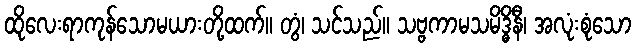
ထိုလေးရာကုန်သောမယားတို့ထက်။ တွံ၊ သင်သည်။ သဗ္ဗကာမသမိဒ္ဓိနီ၊ အလုံးစုံသော